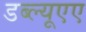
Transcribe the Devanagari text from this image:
डब्ल्यूएए